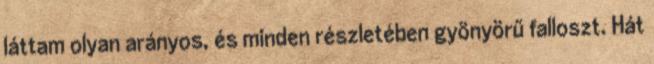
láttam olyan arányos, és minden részletében gyönyörű falloszt. Hát